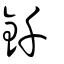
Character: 釺